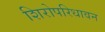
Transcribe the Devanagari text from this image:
शिरोपरिधावन